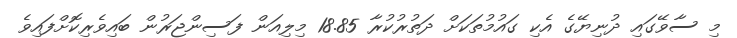
މި ސާވޭގައި ދުނިޔޭގެ އެކި ގައުމުތަކަށް ދަތުުރުކުރާ 18.85 މިލިއަން ފަސިންޖަރުން ބައިވެރިކޮށްފައިވެ